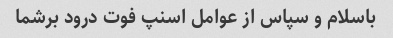
باسلام و سپاس از عوامل اسنپ فوت درود برشما